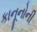
કાનૂનોની